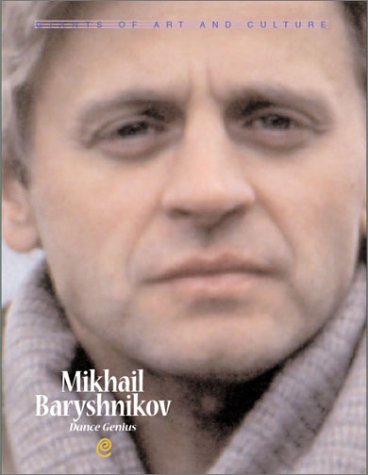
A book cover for Giants of Art & Culture - Mikhail Baryshnikov; Bruce S. Glassman; Children's Books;